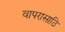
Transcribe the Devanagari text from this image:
वापरासाठि